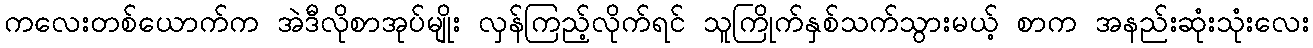
ကလေးတစ်ယောက်က အဲဒီလိုစာအုပ်မျိုး လှန်ကြည့်လိုက်ရင် သူကြိုက်နှစ်သက်သွားမယ့် စာက အနည်းဆုံးသုံးလေး